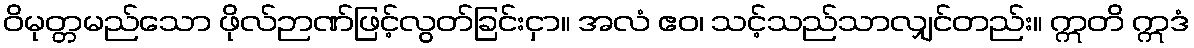
ဝိမုတ္တမည်သော ဖိုလ်ဉာဏ်ဖြင့်လွတ်ခြင်းငှာ။ အလံ ဧဝ၊ သင့်သည်သာလျှင်တည်း။ ဣတိ ဣဒံ